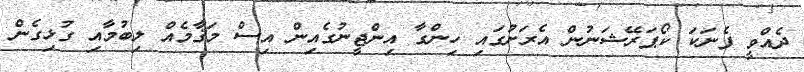
ދެއްވީ ފެނަކަ ކޯޕަރޭޝަނުން އެރަށުގައި ހިންގާ އިންޖީނުގެއިން އިސް މަޤާމެއް ލިބުމާއި ގުޅިގެން